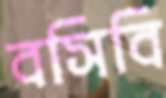
বসিবি